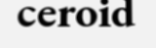
ceroid